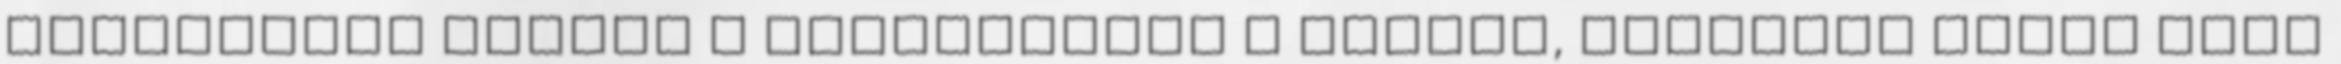
Élvezzétek együtt a játszóteret A kedves, népszerű orosz mese